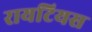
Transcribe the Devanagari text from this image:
रायटियस